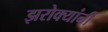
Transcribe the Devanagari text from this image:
झरोक्यांनी